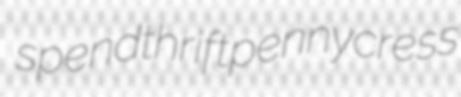
spendthrift pennycress